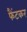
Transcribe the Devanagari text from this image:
फैंटकर